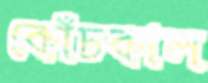
কোঁচকাল